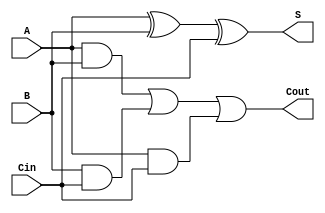
module AsynchronousFullAdder (
    input wire A,       // First input operand
    input wire B,       // Second input operand
    input wire Cin,     // Carry-in input
    output wire S,      // Sum output
    output wire Cout     // Carry-out output
);

    // Intermediate signals for the XOR and AND operations
    wire ab_xor;
    wire a_and_b;
    wire b_and_cin;
    wire a_and_cin;

    // Sum output: S = A XOR B XOR Cin
    assign ab_xor = A ^ B;          // First XOR operation
    assign S = ab_xor ^ Cin;        // Second XOR operation for Sum

    // Carry output: Cout = (A AND B) OR (B AND Cin) OR (A AND Cin)
    assign a_and_b = A & B;         // AND operation
    assign b_and_cin = B & Cin;     // AND operation
    assign a_and_cin = A & Cin;     // AND operation
    assign Cout = a_and_b | b_and_cin | a_and_cin; // OR operation for Carry Out

endmodule